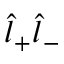
\hat { l } _ { + } \hat { l } _ { - }